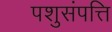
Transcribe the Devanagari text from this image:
पशुसंपत्ति